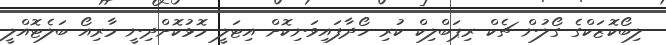
ލިބޯކޮޒަކްގެ ގޯލުން ޗެކް ރިޕަބްލިކް ކުރި ހޯދާފައިވަނިކޮށް އިޓަލީ މޮޅުކޮށްދިނީ މާރިއޯ ބަލެޓޮއްލީ